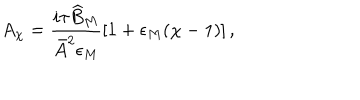
LaTeX: A _ { \chi } = \frac { i \tau \widehat { B } _ { M } } { \bar { A } ^ { 2 } \epsilon _ { M } } \left[ 1 + \epsilon _ { M } ( \chi - 1 ) \right] ,